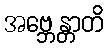
အဗ္ဘေန္တာတိ